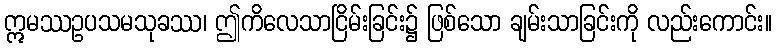
ဣမဿဥပသမသုခဿ၊ ဤကိလေသာငြိမ်းခြင်း၌ ဖြစ်သော ချမ်းသာခြင်းကို လည်းကောင်း။